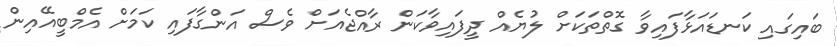
ބައިގައި ކަނޑައަޅާފައިވާ ގޮތްތަކަށް ލުޔެއް ދީފައިވާކަން ރާއްޖެއަށް ވެސް އަންގާފައި ކަމަށް އެމްބީއޭއިން